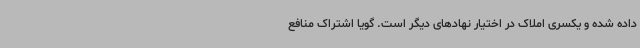
داده شده و یکسری املاک در اختیار نهادهای دیگر است. گویا اشتراک منافع